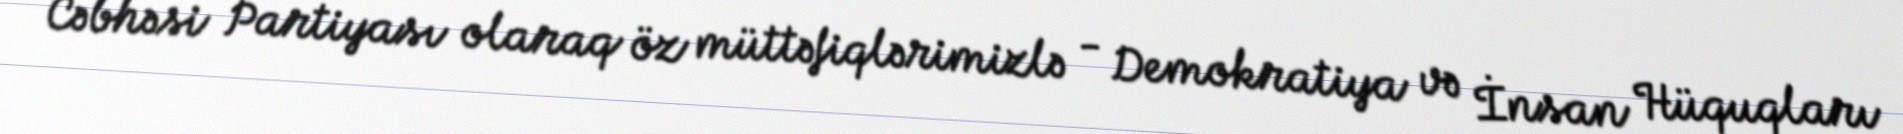
Cəbhəsi Partiyası olaraq öz müttəfiqlərimizlə - Demokratiya və İnsan Hüquqları